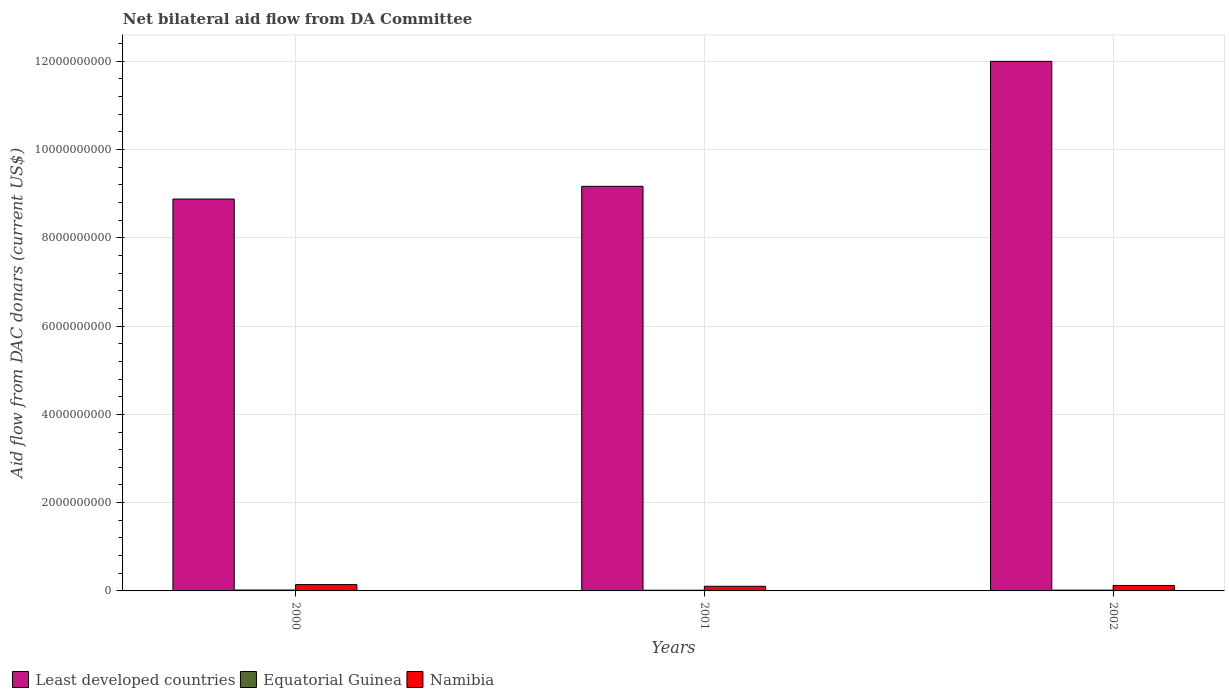
| Years | Least developed countries | Equatorial Guinea | Namibia |
 | --- | --- | --- | --- |
 | 2000 | 8.88e+09 | 2.03e+07 | 1.43e+08 |
 | 2001 | 9.17e+09 | 1.57e+07 | 1.05e+08 |
 | 2002 | 1.2e+10 | 1.77e+07 | 1.24e+08 |